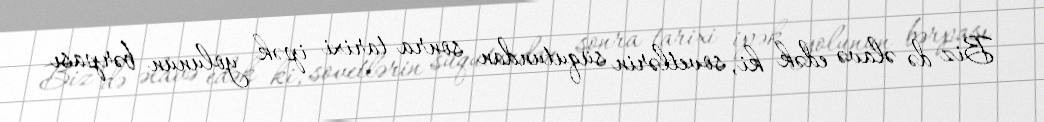
Biz də əlavə edək ki, sovetlərin süqutundan sonra tarixi ipək yolunun bərpası